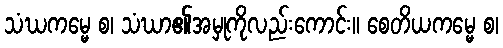
သံဃကမ္မေ စ၊ သံဃာ၏အမှုကိုလည်းကောင်း။ စေတိယကမ္မေ စ၊